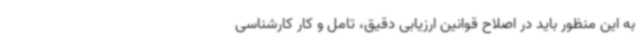
به این منظور باید در اصلاح قوانین ارزیابی دقیق، تامل و کار کارشناسی